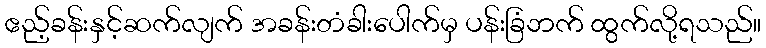
ဧည့်ခန်းနှင့်ဆက်လျက် အခန်းတံခါးပေါက်မှ ပန်းခြံဘက် ထွက်လို့ရသည်။